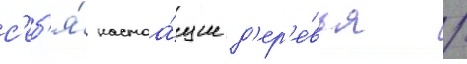
с'еб'я́ настоа́щие д'ер'е́вья /